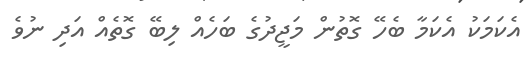
އެކަމަކު އެކަމާ ބެހޭ ގޮތުން މަޖީދުގެ ބަހެއް ލިބޭ ގޮތެއް އަދި ނުވެ